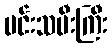
မင်းသမီးကြီး